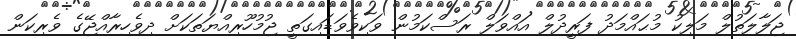
ޖަލާލަތުލް މަލިކު މުޙައްމަދު ފަރީދުލް އައްވަލް ރަސްކަމުން ވަކިވެވަޑައިގަތީ ޖުމުހޫރިއްޔަތަކަށް ދިވެހިރާއްޖޭގެ ވެރިކަން